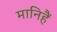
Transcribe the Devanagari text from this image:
मानिहैं